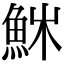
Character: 𩶚